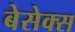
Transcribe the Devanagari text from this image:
बेसेक्स